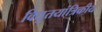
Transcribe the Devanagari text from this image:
विद्युतयांत्रिकीय